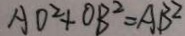
A D ^ { 2 } + O B ^ { 2 } = A B ^ { 2 }